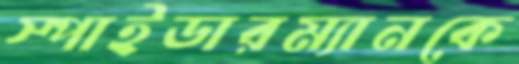
স্পাইডারম্যানকে